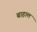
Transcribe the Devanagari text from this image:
बाहाल